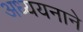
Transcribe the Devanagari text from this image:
अध्ययनाने